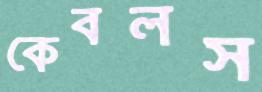
কেবলস